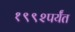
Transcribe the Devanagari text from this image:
१९९२पर्यंत